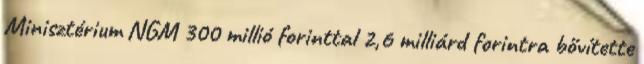
Minisztérium NGM 300 millió forinttal 2,6 milliárd forintra bővítette